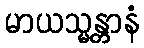
မာယသ္မန္တာနံ